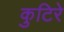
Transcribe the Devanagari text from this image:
कुटिरे